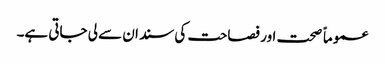
عموماً صحت اور فصاحت کی سند ان سے لی جاتی ہے۔